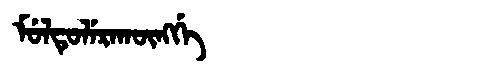
Manchu: ᠮᡠᠯᡨᡠᠯᡝᡵᠠᡴᡡᠩᡤᡝ
Romanization: MULTULERAKŪNGGE